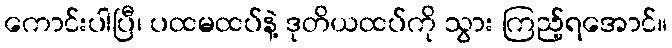
ကောင်းပါပြီ၊ ပထမထပ်နဲ့ ဒုတိယထပ်ကို သွား ကြည့်ရအောင်။